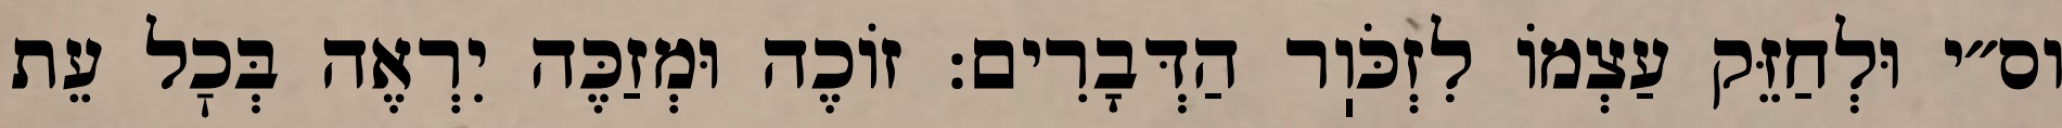
וס״י וּלְחַזֵּק עַצְמוֹ לִזְכֹּוֽר הַדְּבָרִים: זוֹכֶה וּמְזַכֶּה יִרְאֶה בְּכׇל עֵת